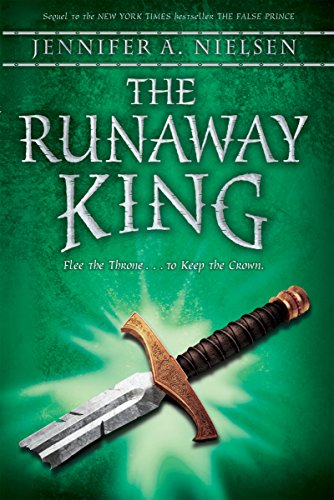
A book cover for The Runaway King: Book 2 of the Ascendance Trilogy; Jennifer A. Nielsen; Children's Books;